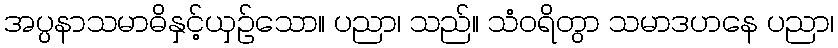
အပ္ပနာသမာဓိနှင့်ယှဉ်သော။ ပညာ၊ သည်။ သံဝရိတွာ သမာဒဟနေ ပညာ၊